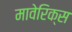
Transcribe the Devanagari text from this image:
मावेरिक्स